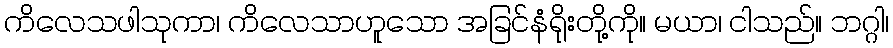
ကိလေသဖါသုကာ၊ ကိလေသာဟူသော အခြင်နံရိုးတို့ကို။ မယာ၊ ငါသည်။ ဘဂ္ဂါ၊